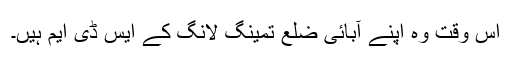
اس وقت وہ اپنے آبائی ضلع تمینگ لانگ کے ایس ڈی ایم ہیں۔